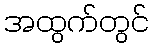
အထွက်တွင်